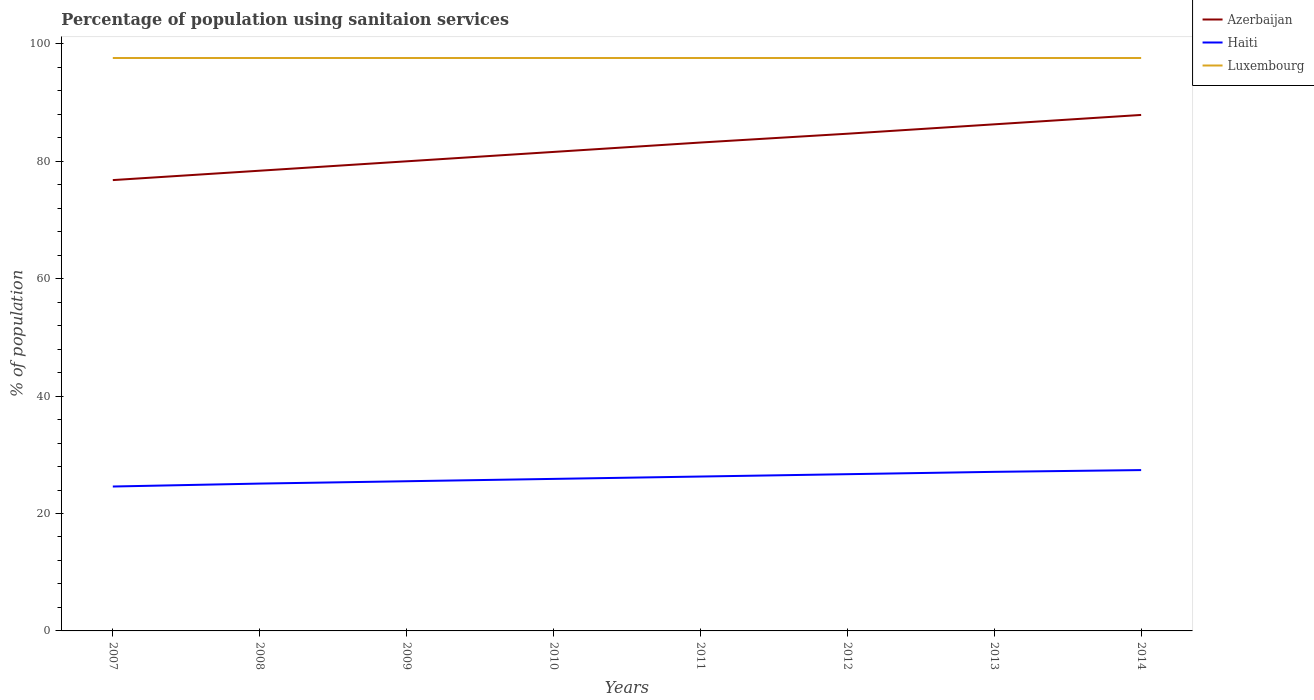
| Years | Azerbaijan | Haiti | Luxembourg |
 | --- | --- | --- | --- |
 | 2007 | 76.8 | 24.6 | 97.6 |
 | 2008 | 78.4 | 25.1 | 97.6 |
 | 2009 | 80 | 25.5 | 97.6 |
 | 2010 | 81.6 | 25.9 | 97.6 |
 | 2011 | 83.2 | 26.3 | 97.6 |
 | 2012 | 84.7 | 26.7 | 97.6 |
 | 2013 | 86.3 | 27.1 | 97.6 |
 | 2014 | 87.9 | 27.4 | 97.6 |